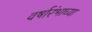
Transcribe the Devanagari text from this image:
वर्षारंभाच्या